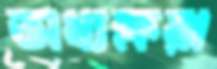
অধ্যক্ষরা